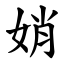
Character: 娋